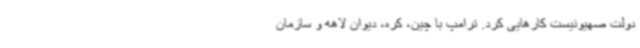
دولت صهیونیست کارهایی کرد. ترامپ با چین، کره، دیوان لاهه و سازمان